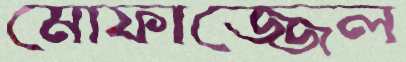
মোফাজ্জেল